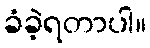
ခံခဲ့ရတာပါ။